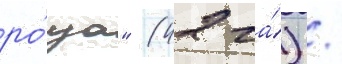
ро́ща" (42 га́) /